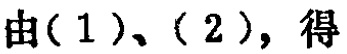
由(1)、(2)，得